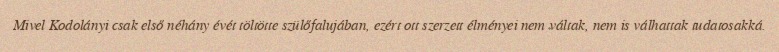
Mivel Kodolányi csak első néhány évét töltötte szülőfalujában, ezért ott szerzett élményei nem váltak, nem is válhattak tudatosakká.